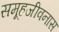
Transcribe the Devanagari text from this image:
समूहजीवनास